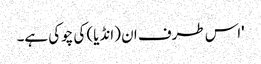
'اس طرف ان (انڈیا) کی چوکی ہے۔